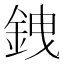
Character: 𫒗